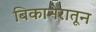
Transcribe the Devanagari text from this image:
बिकानेरातून